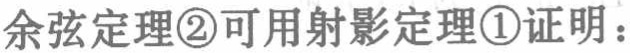
余弦定理\textcircled{2}可用射影定理\textcircled{1}证明：